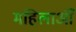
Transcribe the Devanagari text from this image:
महिलाऑँ